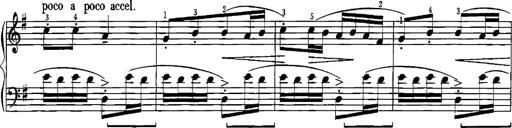
Title: Sonatina for Piano
Composer: BÃ©la BartÃ³k